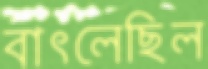
বাৎলেছিল